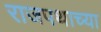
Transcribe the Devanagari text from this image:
राजपथाच्या